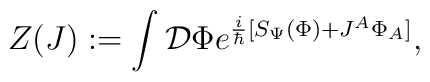
Z(J):= \int {\cal{D}}\Phi e^{\frac{i}{\hbar}  [S_{\Psi}(\Phi)+J^A \Phi_A]},